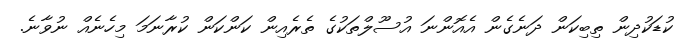
ކުޑަކުދިން ތިބިކަން ދަނެގެން އެއޮންނަ އުސޫލްތަކުގެ ތެރެއިން ކަންކަން ކުރާނަމަ މިހެނެއް ނުވާނެ.